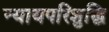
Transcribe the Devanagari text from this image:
न्यायपरिशुद्धि